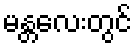
မန္တလေးတွင်